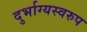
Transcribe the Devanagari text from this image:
दुर्भाग्यस्वरुप